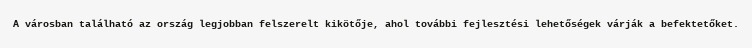
A városban található az ország legjobban felszerelt kikötője, ahol további fejlesztési lehetőségek várják a befektetőket.